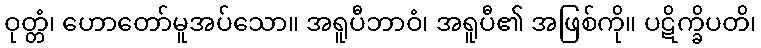
ဝုတ္တံ၊ ဟောတော်မူအပ်သော။ အရူပီဘာဝံ၊ အရူပီ၏ အဖြစ်ကို။ ပဋိက္ခိပတိ၊